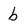
Character: b